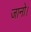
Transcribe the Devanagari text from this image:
जानो।